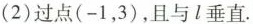
(2)过点(-1，3)，且与l垂直。